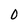
Character: 0